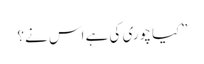
”کیا چوری کی ہے اس نے؟